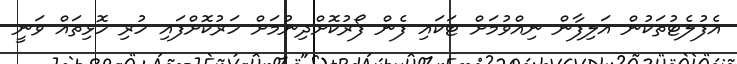
އެފުލެޓުތަކުން އަލިފާން ނިއްވުމަށް ޓަކައި ފެން ފޯރުކޮށްދިނުމަށް ހަރުކޮށްފައި ހުރި ހޮޅިތައް ވަނީ